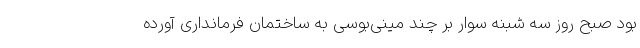
بود صبح روز سه شبنه سوار بر چند مینی‌بوسی به ساختمان فرمانداری آورده